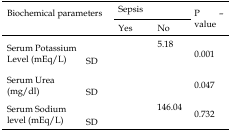
<table><thead><tr><td colspan="2" rowspan="3"><b>Biochemical parameters</b></td><td colspan="2"><b>Sepsis</b></td><td rowspan="3"><b>P–value</b></td></tr><tr><td><b>Yes</b></td><td><b>No</b></td></tr></thead><tbody><tr><td rowspan="2">Serum Potassium Level (mEq/L)</td><td>[EMPTY_CELL]</td><td>[EMPTY_CELL]</td><td>5.18</td><td rowspan="2">0.001</td></tr><tr><td>SD</td><td>[EMPTY_CELL]</td><td>[EMPTY_CELL]</td></tr><tr><td rowspan="2">Serum Urea (mg/dl)</td><td>[EMPTY_CELL]</td><td>[EMPTY_CELL]</td><td>[EMPTY_CELL]</td><td rowspan="2">0.047</td></tr><tr><td>SD</td><td>[EMPTY_CELL]</td><td>[EMPTY_CELL]</td></tr><tr><td rowspan="2">Serum Sodium level (mEq/L)</td><td>[EMPTY_CELL]</td><td>[EMPTY_CELL]</td><td>146.04</td><td rowspan="2">0.732</td></tr><tr><td>SD</td><td>[EMPTY_CELL]</td><td>[EMPTY_CELL]</td></tr></tbody></table>